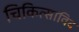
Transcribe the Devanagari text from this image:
चिकित्साविद